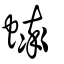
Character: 蟀